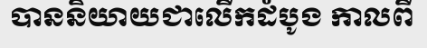
បាននិយាយជាលើកដំបូង កាលពី